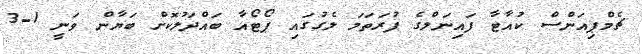
ޗެމްޕިއަންސް ކުއާޓާ ފައިނަލްގެ ފުރަތަމަ ލެގުގައި ޕޯޓޯއާ ބައްދަލުކޮށް ބަޔާން ވަނީ 1-3